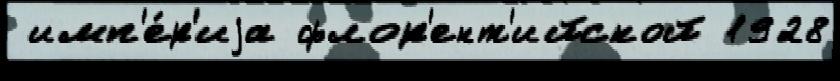
 имп'е́р'иjа флор'ент'ийской 1928